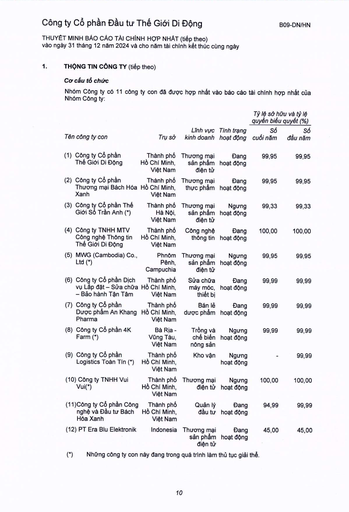
|||||Tỷ lệ sở hữu quyền biểu|và tỷ lệ quyết (%)| |---|---|---|---|---|---| |Tên công ty con|Trụ sở|Lĩnh vực kinh doanh|Tình trạng hoạt động|Số cuối năm|Số đầu năm| |(1) Công ty Cổ phần Thế Giới Di Động|Thành phố Hồ Chí Minh, Việt Nam|Thương mại sản phẩm điện tử|Đang hoạt động|99,95|99,95| |(2) Công ty Cổ phần Thương mại Bách Hóa Xanh|Thành phố Hồ Chí Minh, Việt Nam|Thương mại thực phẩm|Đang hoạt động|99,95|99,95| |(3) Công ty Cổ phần Thế Giới Số Trần Anh (*)|Thành phố Hà Nội, Việt Nam|Thương mại sản phẩm điện tử|Ngừng hoạt động|99,33|99,33| |(4) Công ty TNHH MTV Công nghệ Thông tin Thế Giới Di Động|Thành phố Hồ Chí Minh, Việt Nam|Công nghệ thông tin|Đang hoạt động|100,00|100,00| |(5) MWG (Cambodia) Co., Ltd (*)|Phnom Penh, Campuchia|Thương mại sản phẩm điện tử|Ngừng hoạt động|99,95|99,95| |(6) Công ty Cổ phần Dịch vụ Lắp đặt - Sửa chữa - Bảo hành Tân Tâm|Thành phố Hồ Chí Minh, Việt Nam|Sửa chữa máy móc, thiết bị|Đang hoạt động|99,99|99,99| |(7) Công ty Cổ phần Dược phẩm An Khang Pharma|Thành phố Hồ Chí Minh, Việt Nam|Bán lẻ dược phẩm|Đang hoạt động|99,99|99,99| |(8) Công ty Cổ phần 4K Farm (*)|Bà Rịa - Vũng Tàu, Việt Nam|Trồng và chế biến nông sản|Ngừng hoạt động|99,99|99,99| |(9) Công ty Cổ phần Logistics Toàn Tín (*)|Thành phố Hồ Chí Minh, Việt Nam|Kho vận|Ngừng hoạt động|-|99,99| |(10) Công ty TNHH Vui Vui (*)|Thành phố Hồ Chí Minh, Việt Nam|Thương mại điện tử|Ngừng hoạt động|100,00|100,00| |(11) Công ty Cổ phần Công nghệ và Đầu tư Bách Hóa Xanh|Thành phố Hồ Chí Minh, Việt Nam|Quản lý đầu tư|Đang hoạt động|94,99|99,99| |(12) PT Era Blu Elektronik|Indonesia|Thương mại sản phẩm điện tử|Đang hoạt động|45,00|45,00|